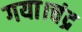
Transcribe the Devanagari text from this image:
गया।चंद्र